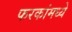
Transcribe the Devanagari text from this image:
फरकांमध्ये